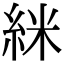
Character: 䋛